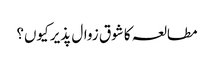
مطالعہ کا شوق زوال پذیر کیوں؟